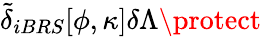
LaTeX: \widetilde{\delta}_{iBRS}[\phi,\kappa]\delta\Lambda\protect